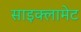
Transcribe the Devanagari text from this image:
साइक्लामेट